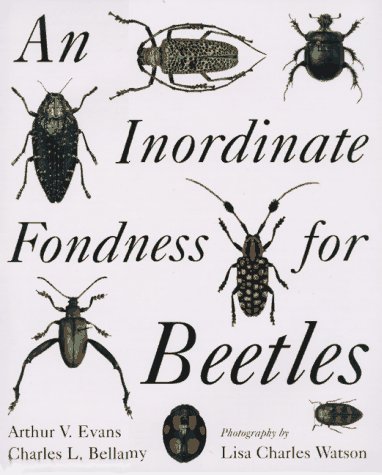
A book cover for An Inordinate Fondness for Beetles (Henry Holt Reference Book); Arthur V. Evans; Sports & Outdoors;